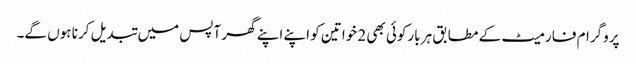
پروگرام فارمیٹ کے مطابق ہر بارکوئی بھی 2 خواتین کو اپنے اپنے گھر آپس میں تبدیل کرنا ہوں گے۔